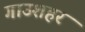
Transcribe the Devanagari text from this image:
गाउशहर